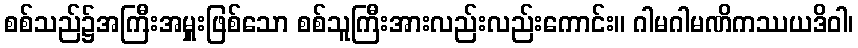
စစ်သည်၌အကြီးအမှူးဖြစ်သော စစ်သူကြီးအားလည်းလည်းကောင်း။ ဂါမဂါမဏိကဿယဒိဝါ၊